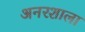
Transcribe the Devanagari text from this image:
अनरशाला